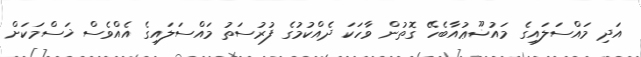
އަދި މައްސަލައިގެ މައުޟޫޢުއާބެހޭ ގޮތުން ވާހަކަ ދެއްކުމުގެ ފުރުސަތު މައްސަލައިގެ އެއްވެސް ޚަސްމަކަށް